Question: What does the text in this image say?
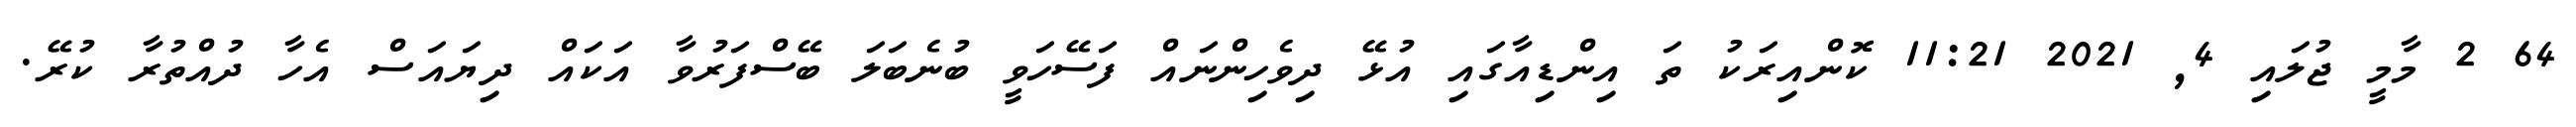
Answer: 64 2 މާމީ ޖުލައި 4, 2021 11:21 ކޮންއިރަކު ތަ އިންޑިއާގައި އުޅޭ ދިވެހިންނައް ފަސޭހަވީ ބުނެބަލަ ބޭސްފަރުވާ އަކައް ދިޔައަސް އެހާ ދުއްތުރާ ކުރޭ.